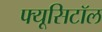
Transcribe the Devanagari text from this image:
फ्यूसिटॉल